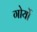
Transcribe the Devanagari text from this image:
गोर्यो